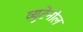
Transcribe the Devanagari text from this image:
व्युटेनोल